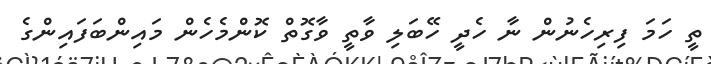
ތީ ހަމަ ފިރިހެނުން ނާ ހެދީ ހޭބަލި ވާތީ ވާގޮތް ކޮންމެހެން މައިންބަފައިންގެ